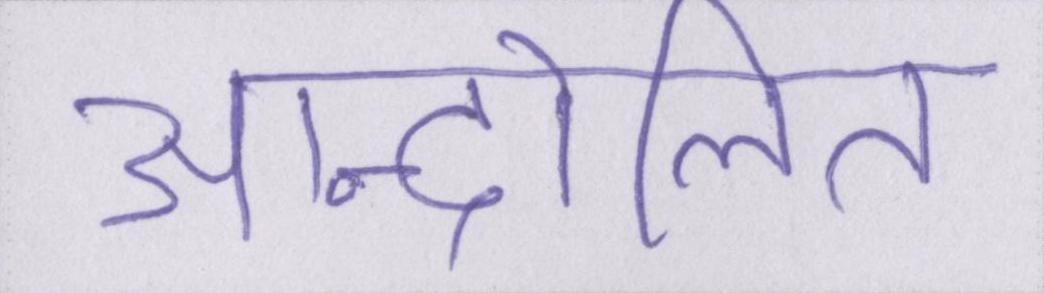
आन्दोलित